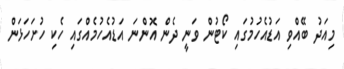
މިއަދު ބޭއްވި އަޑުއެހުމުގައި ކޯޓުން ވަނީ ދެން އޮންނަ އަޑުއެހުމެއްގައި ހެކި ހުށަހަޅަން